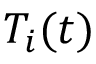
T _ { i } ( t )